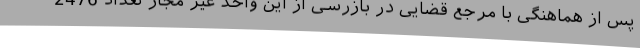
پس از هماهنگی با مرجع قضایی در بازرسی از این واحد غیر مجاز تعداد 2476